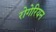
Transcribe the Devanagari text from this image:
रोगेरियन